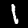
Digit: 1